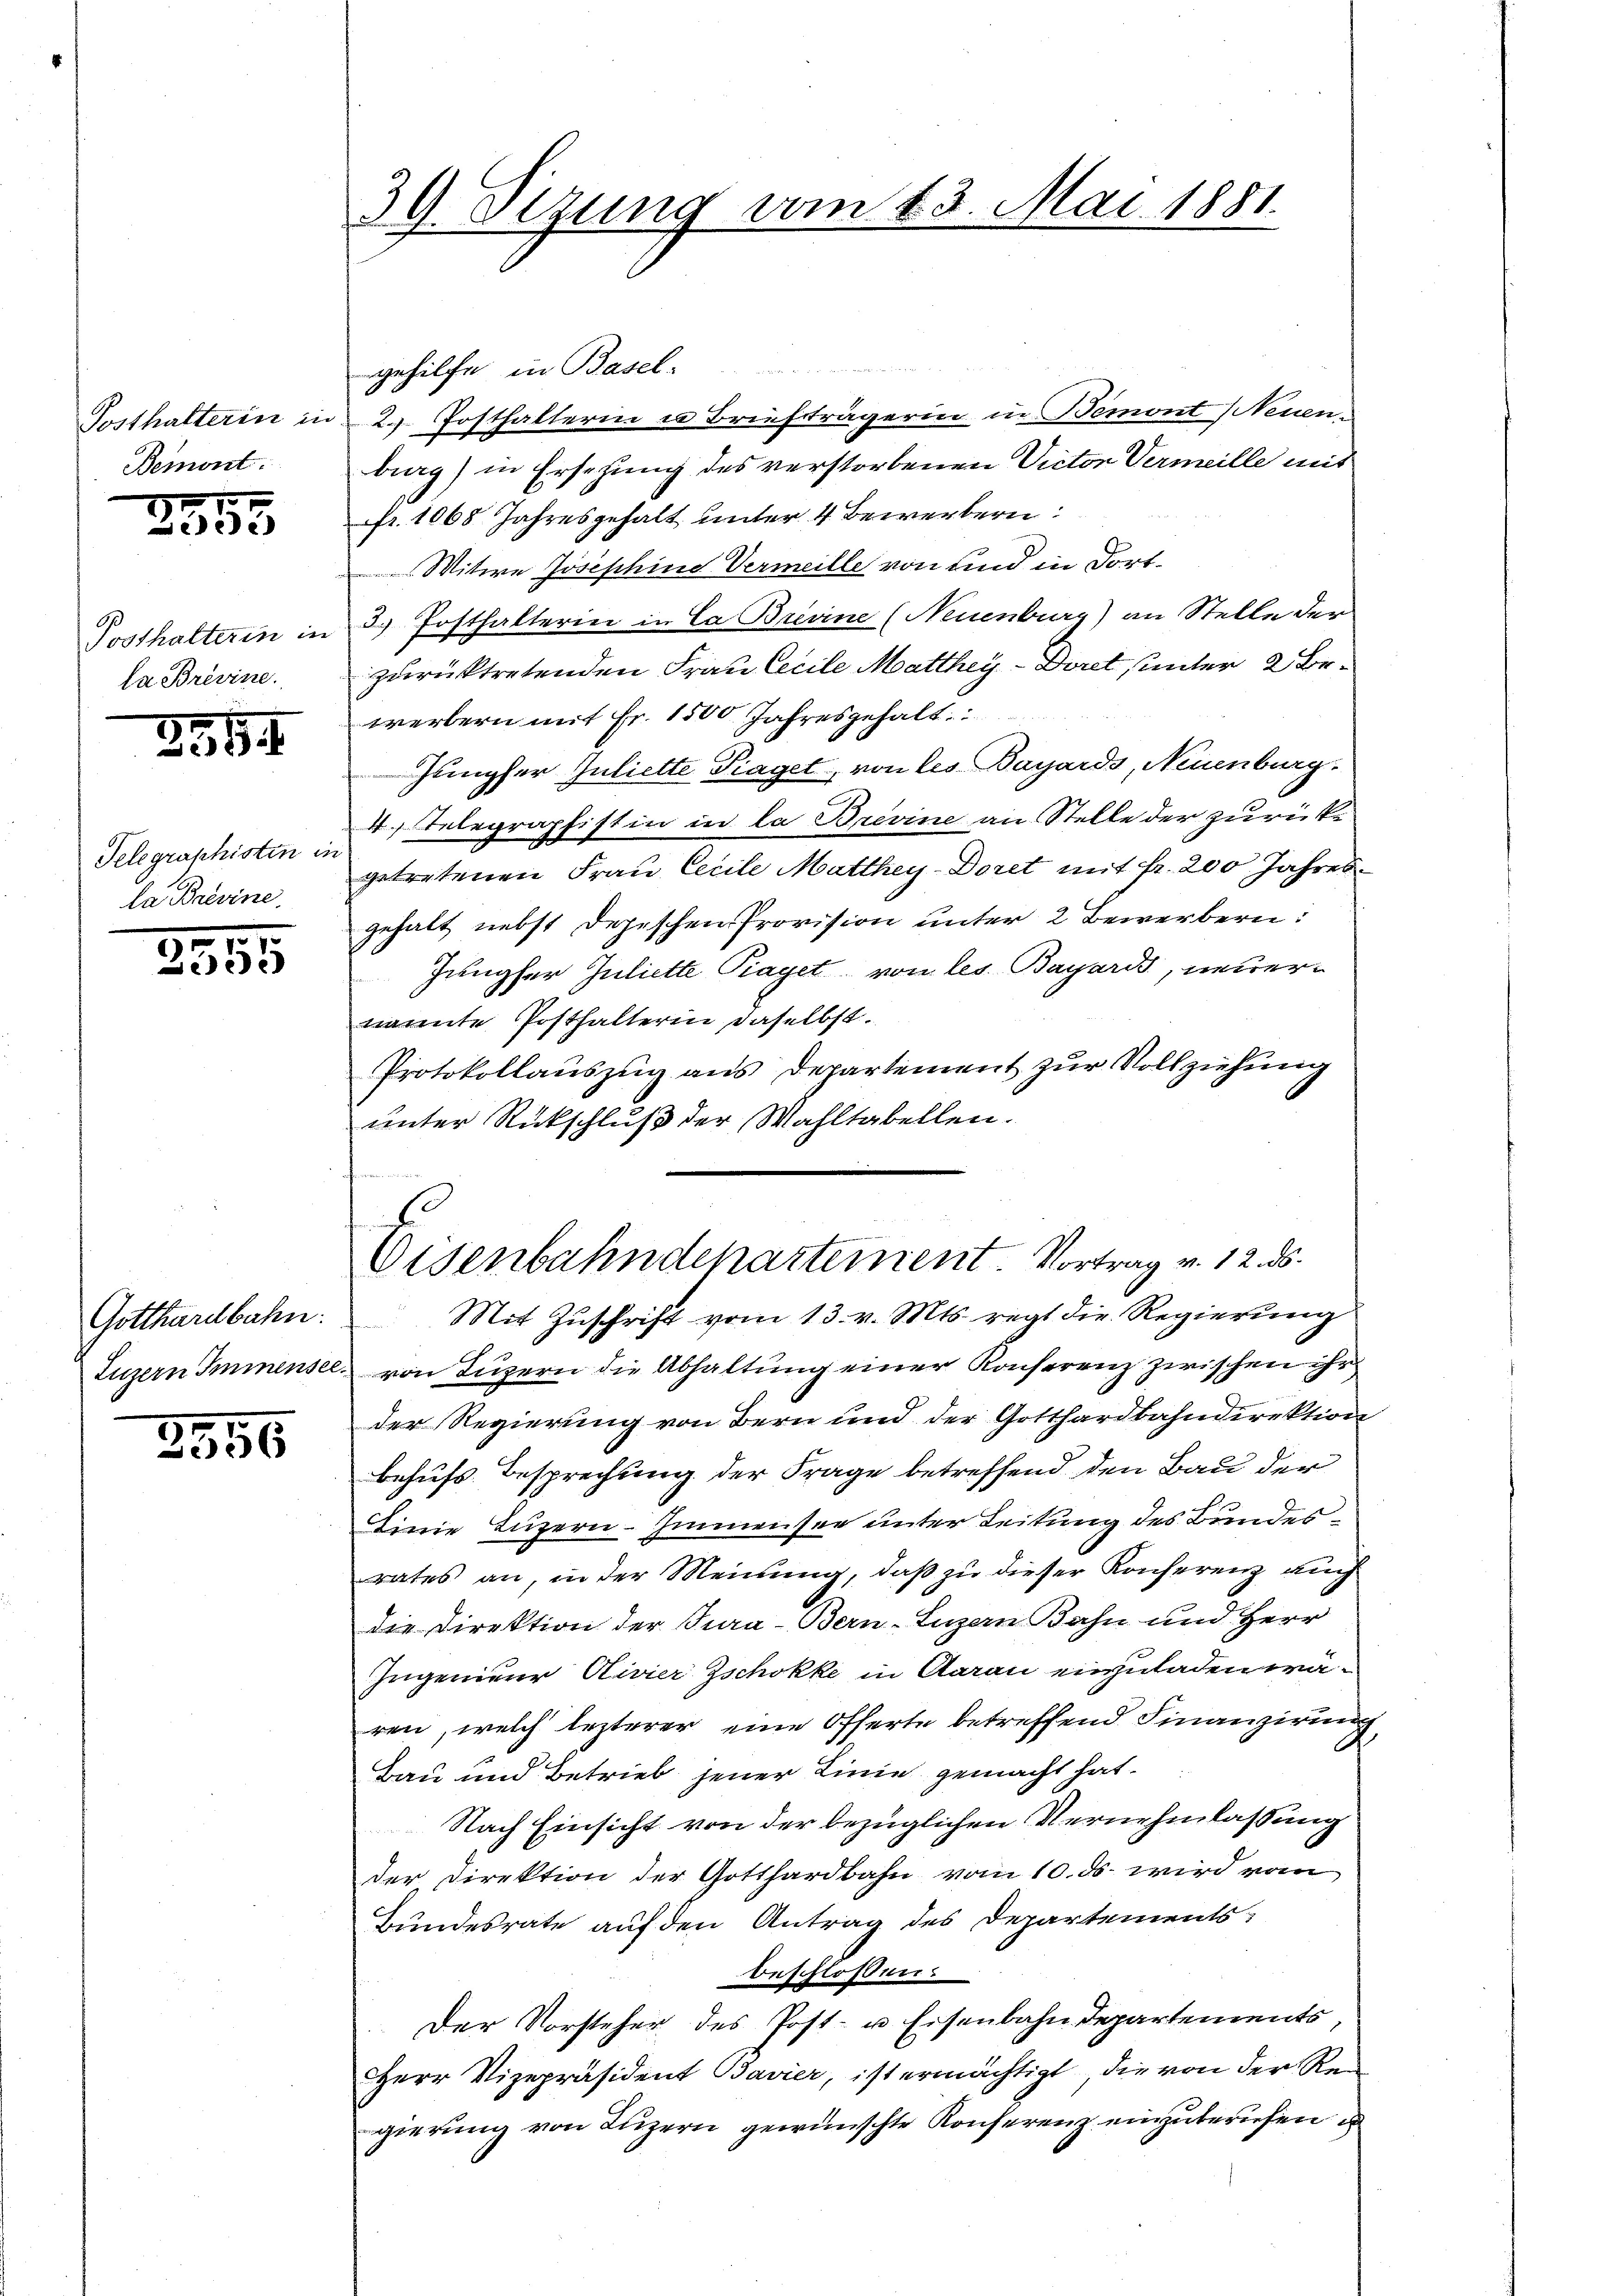
Posthalterin in
Bemont.

2855

Posthalterin in
da Brevine.

3519

Telegraphisten in
la Brevine

7
3355

Gotthardbahn.

356

39. Sizung vom 23. Mai 1881.

gehilfe in Basel-
2. Posthalterin u Briefträgerin in Bemont Neuenburg) in Ersehung des verstorbenen Victor Vermeille mit
fr. 1065 Jahresgehalt unter 4 Bewerbern:
Witwe Josephine Vermeille von und in dortd. Posthalterin in Ca Brevine (Neuenburg) an Stelle der
zurücktretenden Frau Cecile Matthey-Doret unter 2 bewerbern mit Fr. 1500 Jahresgehalt
Jungfer Juliette Fraget, von les Bayards, Neuenburg.
4 Telegraphistin in la Brevine an Stelle der zurückgetretenen Frau Cecile Matthey-Doret mit Fr. 200 Jahresgehalt nebst Depeschen Provision unter 2 Bewerbern:
Jungfer Juliette Piaget von les Bayards, neuernannte Posthalterin daselbst.
Protokollauszug aus Departement zur Vollziehung
unter Rückschluß der Wahltabellen.

Eisenbahndepartement. Vortrag v. 12. ds.

Mit Zŭschrift vom 13. v. Mts. regt die Regierung
Luzern Immensee von Lŭzern die Abhaltŭng einer Konferenz zwischen ihr
der Regierung von Bern und der Gotthardbahndirektion
behufs Besprechung der Frage betreffend den Bau der
Linie Luzern Immensee unter Leitung des Bundesrates an, in der Meinung, daß zu dieser Konferenz auch
die Direktion der Jura-Bern-Luzern Bahn und Herr
Ingenieur Civier Zschokke in Aarau einzuladen wären, welch lezterer eine Offerte betreffend Finanzierung
Bau und Betrieb jener Linie gemacht hat.
Nach Einsicht von der bezüglichen Vernehmlassung
der Direktion der Gotthardbahn vom 10. ds. wird vom
Bundesrate auf den Antrag des Departements-
beschlossen.
Der Vorsteher des Post- u Eisenbahndepartements,
Herr Vizepräsident Bavier, ist ermächtigt, die von der Regierung von Luzern gewünschte Konferenz einzuberufen un